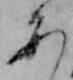
あ